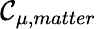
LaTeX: \mathcal{C}_{\mu,matter}